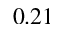
0 . 2 1